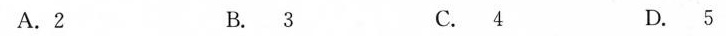
A.2 B.3 C.4 D.5